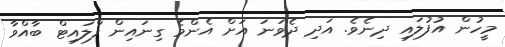
މީހުން އުފުލައި ދިނެވެ. އަދި ދެވަނަ އަށް އެންމެ ގިނައިން ފްލައިޓް ބާއްވާ